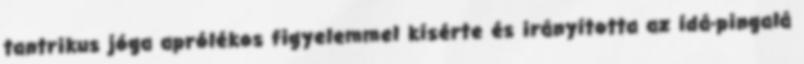
tantrikus jóga aprólékos figyelemmel kísérte és irányította az ídá-pingalá